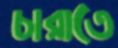
চারাতে